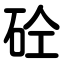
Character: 砼